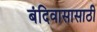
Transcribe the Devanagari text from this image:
बंदिवासासाठी